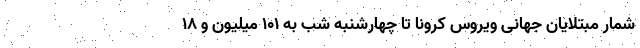
شمار مبتلایان جهانی ویروس کرونا تا چهارشنبه شب به ۱۰۱ میلیون و ۱۸